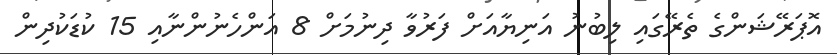
އޮޕަރޭޝަންގެ ތެރޭގައި ލިބުނު އަނިޔާއަށް ފަރުވާ ދިނުމަށް 8 އަންހެނުންނާއި 15 ކުޑަކުދިން